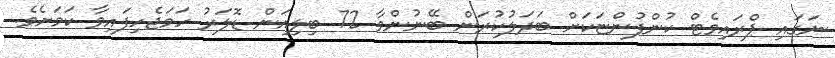
ނަގައި ޕްރައިވެޓް ކުންފުންޏަކަށް ބަދަލުކުރަން ބޭނުންވާ 72 ބިލިއަން ޑޮލަރު ހަމަޖެހިފައިވާ ކަމަށެވެ.